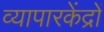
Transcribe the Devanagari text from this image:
व्यापारकेंद्रों